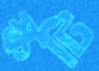
স্কটি